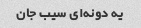
یه دونه‌ای سیب جان